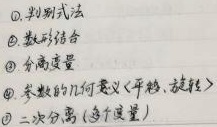
1. 判别式法
2. 数形结合
3. 分离变量
4. 参数的几何意义 ( 平移、旋转 )
5. 二次分离 ( 多个变量 )